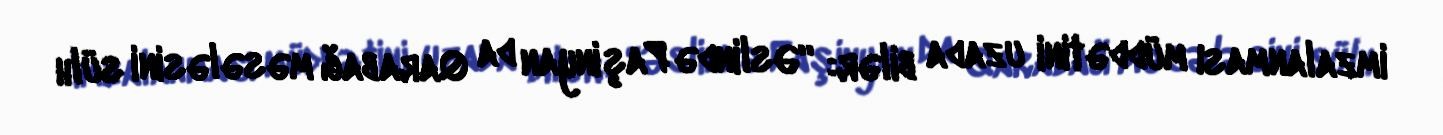
imzalanması müddətini uzada bilər: “Əslində Paşinyan da Qarabağ məsələsini sülh